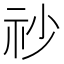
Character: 𥘤